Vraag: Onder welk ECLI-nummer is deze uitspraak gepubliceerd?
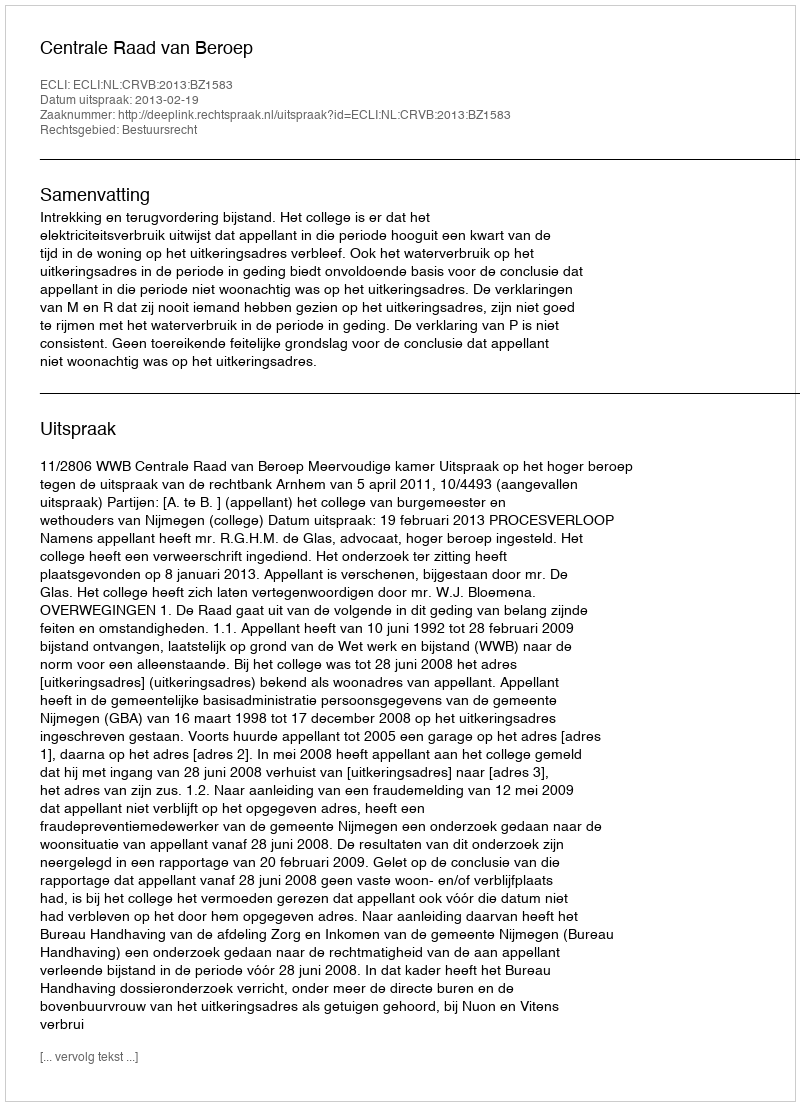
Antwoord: ECLI:NL:CRVB:2013:BZ1583